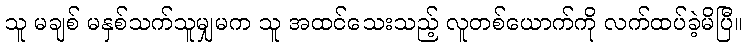
သူ မချစ် မနှစ်သက်သူမျှမက သူ အထင်သေးသည့် လူတစ်ယောက်ကို လက်ထပ်ခဲ့မိပြီ။